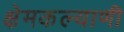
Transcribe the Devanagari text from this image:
क्षेमकल्याणी